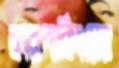
কারপার্কিংয়ের